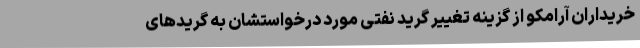
خریداران آرامکو از گزینه تغییر گرید نفتی مورد درخواستشان به گریدهای